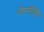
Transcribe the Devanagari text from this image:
थैंग्सगिविंग